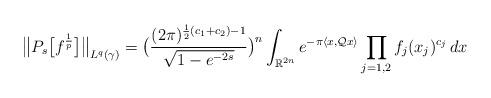
LaTeX: \begin{align*}\big\| P_s \big[f^\frac1p \big] \big\|_{L^q(\gamma)}=\big(\frac{(2\pi)^{\frac12(c_1+c_2)-1}} {\sqrt{1-e^{-2s}}}\big)^n\int_{\mathbb{R}^{2n}}e^{-\pi \langle x,\mathcal{Q}x\rangle}\prod_{j=1,2} f_j(x_j)^{c_j}\, dx\end{align*}